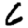
Digit: 6